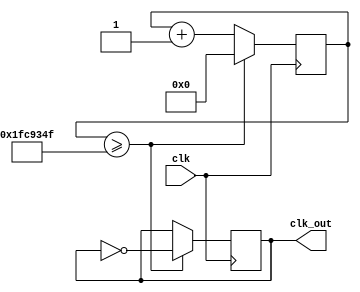
`timescale 1ns / 1ps
//////////////////////////////////////////////////////////////////////////////////
// Company: AMD
// 
// Design Name: Digital Decoder
// Module Name: dig_dec
// Project Name: Day 1's work : week 2
// Target Devices: xc7z007sclg400-1
// Tool Versions: --/--
// Description: 
// 
// Dependencies: None
// 
// Revision: 0.01
// Revision 0.01 - File Created
// Additional Comments:
// 
//////////////////////////////////////////////////////////////////////////////////

module clk_divider(
    input clk,
    output reg clk_out
);
    localparam di = 33330000; // 33.33 MHz * 1 second
    reg [31:0] counter;  
    always @(posedge clk)
    begin
        if (counter >= di - 1) begin
            counter <= 0;
            clk_out <= ~clk_out; // toggle clk_out every di clock cycles
        end else begin
            counter <= counter + 1;
        end
    end
endmodule

module dig_dec(
        input [3:0] di,
        output reg a,
        output reg b,
        output reg c,
        output reg d,
        output reg e,
        output reg f,
        output reg g
    );
    // we code the led display (from left to right)
    //  __  a
    // |  | f and b
    //  --    g
    // |  |  e and c
    //  __    d
    always@(di)
    begin
            case(di)                              //abcdefg
                4'b0000: {a, b, c, d, e, f, g} = 7'b1111110; // 0 -> a, b, c, d, e, f
                4'b0001: {a, b, c, d, e, f, g} = 7'b0110000; // 1 -> b, c
                4'b0010: {a, b, c, d, e, f, g} = 7'b1101101; // 2 -> a, b, d, e, g
                4'b0011: {a, b, c, d, e, f, g} = 7'b1111001; // 3 -> a, b, c, d, g 
                4'b0100: {a, b, c, d, e, f, g} = 7'b0110011; // 4 -> b, c, f, g
                4'b0101: {a, b, c, d, e, f, g} = 7'b1011011; // 5 -> a, c, d, f, g
                4'b0110: {a, b, c, d, e, f, g} = 7'b1011111; // 6 -> a, f, g, c, d, e
                4'b0111: {a, b, c, d, e, f, g} = 7'b1110000; // 7 -> a, b, c
                4'b1000: {a, b, c, d, e, f, g} = 7'b1111111; // 8 -> a, b, c, d, e, f, g
                4'b1001: {a, b, c, d, e, f, g} = 7'b1111011; // 9 -> a, b, c, d, f, g
                4'b1010: {a, b, c, d, e, f, g} = 7'b1110111; // 10 (A) -> a, b, c, e, f, g
                4'b1011: {a, b, c, d, e, f, g} = 7'b0011111; // 11 (b) -> f, g, c, d, e
                4'b1100: {a, b, c, d, e, f, g} = 7'b0001101; // 12 (c) -> d, e, g
                4'b1101: {a, b, c, d, e, f, g} = 7'b0111101; // 13 (d) -> b, c, d, e, g
                4'b1110: {a, b, c, d, e, f, g} = 7'b1001111; // 14 (E) -> a, d, e, f, g
                4'b1111: {a, b, c, d, e, f, g} = 7'b1000111; // 15 (F) -> a, e, f, g 
                default: {a, b, c, d, e, f, g} = 7'b0000001; // - (err) -> g
        endcase
        {a, b, c, d, e, f, g} = ~{a, b, c, d, e, f, g};
    end
endmodule

module dec2_4(
        input [1:0] ain,
        output reg [3:0] aout
        );
        
        always@(ain)
        begin
            case(ain)
                2'b00: aout = 4'b0001;
                2'b01: aout = 4'b0010;
                2'b10: aout = 4'b0100;
                2'b11: aout = 4'b1000;
            endcase
            aout = ~aout;
        end
endmodule

module cnt2(
        input clk,
        output reg [1:0] do
        );       
        always@(posedge clk)
        begin
            if(do <= 2'b11)
                do <= do + 1;
            else
                do <= 2'b00;
        end
endmodule

module top(
        input clk,
        input [15:0] di,
        output a,
        output b,
        output c,
        output d,
        output e,
        output f,
        output g,
        output A1,
        output A2,
        output A3, 
        output A4
        );
        wire [3:0] dig_dec_in;
        wire [1:0] cnt2_out;
        wire clk_divided;
        
        clk_divider clkdiv(
            .clk(clk),
            .clk_out(clk_divided)
            );
        
        cnt2 cnt(
            .clk(clk_divided),
            .do(cnt2_out)
            );
            
        dig_dec digdec(
            .di(dig_dec_in),
            .a(a),
            .b(b),
            .c(c),
            .d(d),
            .e(e),
            .f(f),
            .g(g)
            );
        
        dec2_4 dec(
            .ain(cnt2_out),
            .aout({A1, A2, A3, A4})
            );
            
        assign dig_dec_in = (cnt2_out == 2'b00) ? di[3:0] :
                            (cnt2_out == 2'b01) ? di[7:4] :
                            (cnt2_out == 2'b10) ? di[11:8] :
                            (cnt2_out == 2'b11) ? di[15:12] : 4'bxxxx;
        
endmodule

/*
module tb_top;
    reg clkt;
    reg [15:0] dit;
    wire at, bt, ct, dt, et, ft, gt;
    wire A1t, A2t, A3t, A4t;
    
    top dut(
        .clk(clkt),
        .di(dit),
        .a(at),
        .b(bt),
        .c(ct),
        .d(dt),
        .e(et),
        .f(ft),
        .g(gt),
        .A1(A1t),
        .A2(A2t),
        .A3(A3t),
        .A4(A4t)
        );
        
    initial
        #160 $finish;
        
    initial
    begin
        #0 clkt = 1'b0;
        forever #5 clkt = ~clkt;
    end
    
    initial
        #0 dit = 16'b1000_0100_0010_0000;
        
endmodule
*/